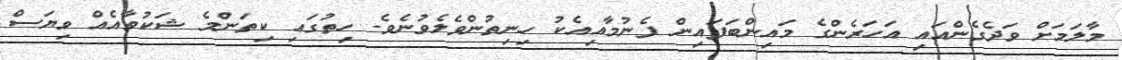
މާލަމަށް ވަދެގެންއައި އަހަރެންގެ މައިންބަފައިން ފެނުމާއިއެކު ހިނިތުންވެލެވުނެވެ. ހިތުގައި ކިތަންމެ ޝަކުވާއެއް ވިޔަސް